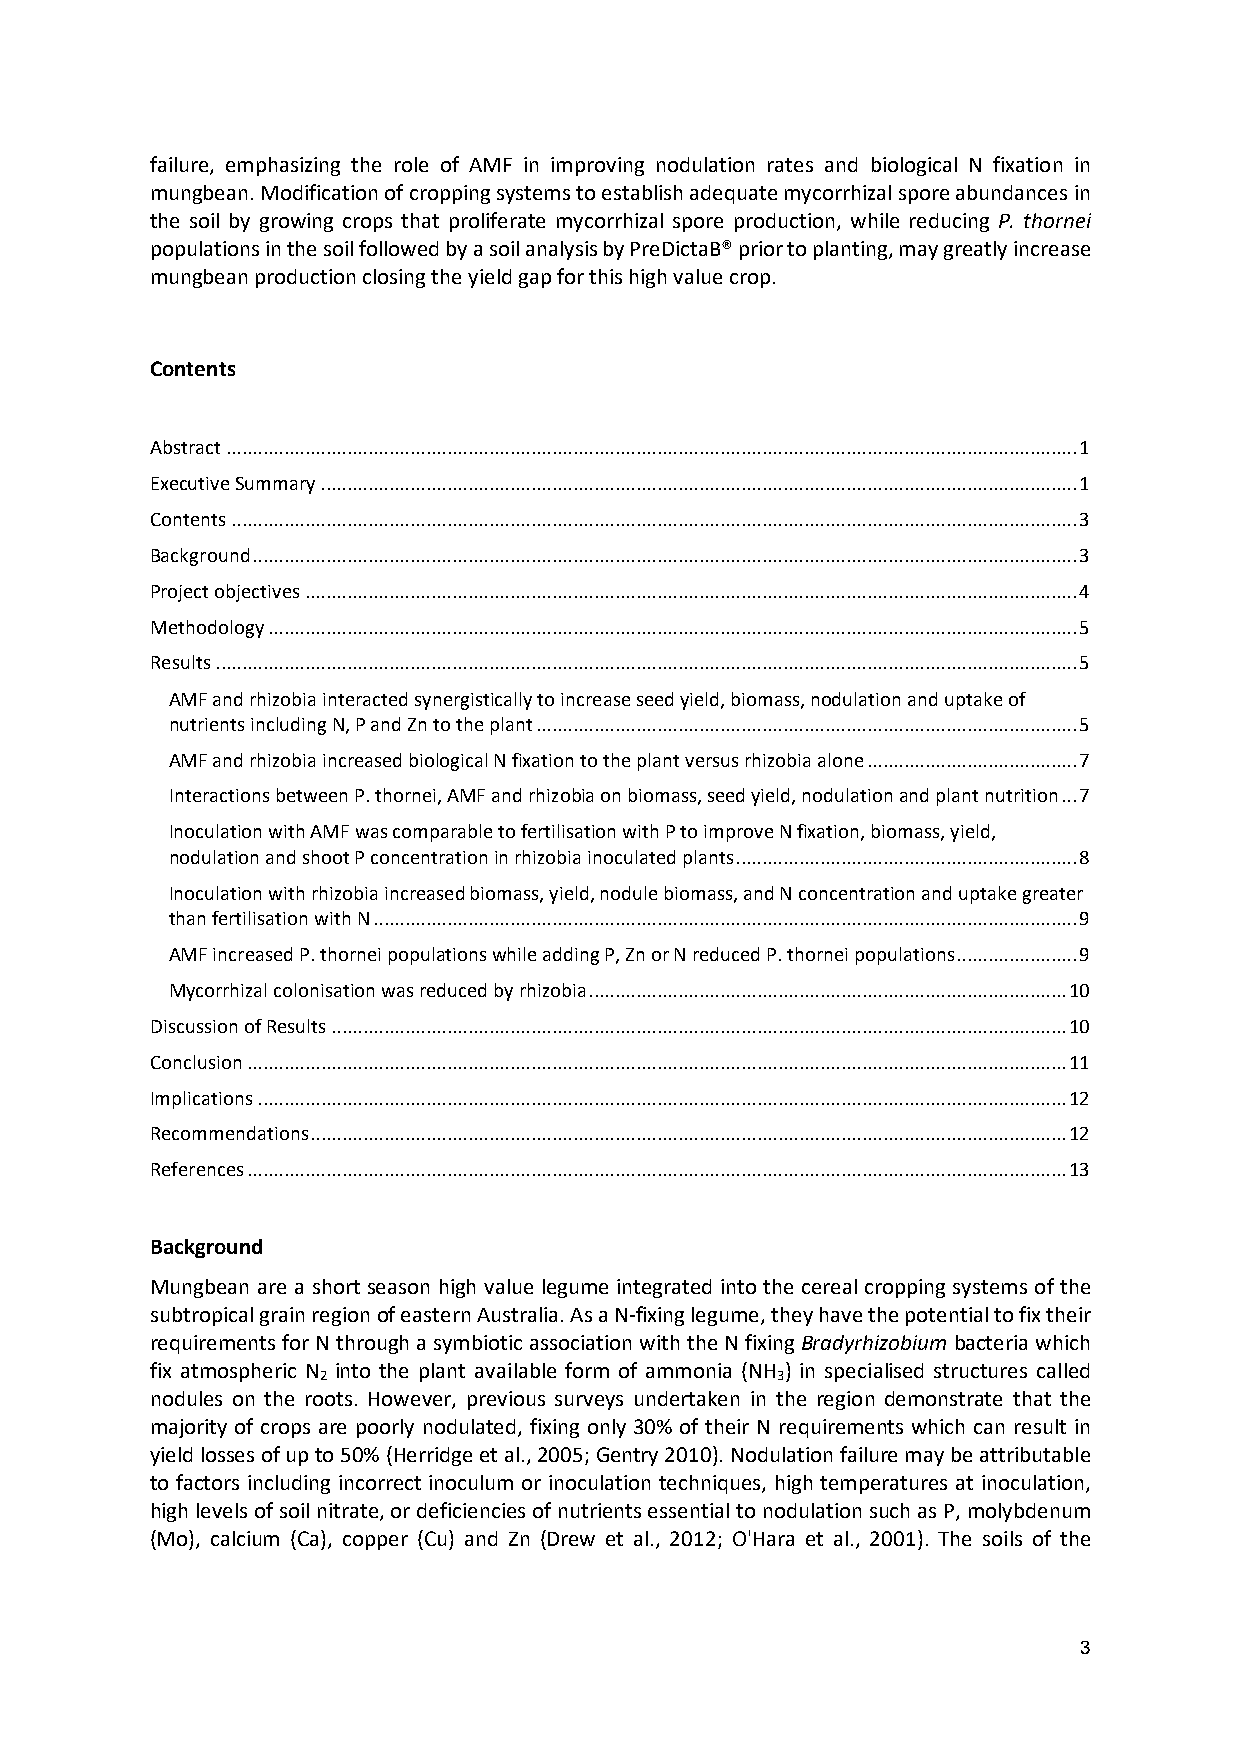
failure, emphasizing the role of AMF in improving nodulation rates and biological N fixation in
 mungbean. Modification of cropping systems to establish adequate mycorrhizal spore abundances in
 the soil by growing crops that proliferate mycorrhizal spore production, while reducing P. thornei
 populations in the soil followed by a soil analysis by PreDictaB® prior to planting, may greatly increase
 mungbean production closing the yield gap for this high value crop.
 Contents
 Abstract .................................................................................................................................................................. 1
 Executive Summary ................................................................................................................................................ 1
 Contents ................................................................................................................................................................. 3
 Background ............................................................................................................................................................. 3
 Project objectives ................................................................................................................................................... 4
 Methodology .......................................................................................................................................................... 5
 Results .................................................................................................................................................................... 5
 AMF and rhizobia interacted synergistically to increase seed yield, biomass, nodulation and uptake of
 nutrients including N, P and Zn to the plant ....................................................................................................... 5
 AMF and rhizobia increased biological N fixation to the plant versus rhizobia alone ........................................ 7
 Interactions between P. thornei, AMF and rhizobia on biomass, seed yield, nodulation and plant nutrition ... 7
 Inoculation with AMF was comparable to fertilisation with P to improve N fixation, biomass, yield,
 nodulation and shoot P concentration in rhizobia inoculated plants ................................................................. 8
 Inoculation with rhizobia increased biomass, yield, nodule biomass, and N concentration and uptake greater
 than fertilisation with N ...................................................................................................................................... 9
 AMF increased P. thornei populations while adding P, Zn or N reduced P. thornei populations ....................... 9
 Mycorrhizal colonisation was reduced by rhizobia ........................................................................................... 10
 Discussion of Results ............................................................................................................................................ 10
 Conclusion ............................................................................................................................................................ 11
 Implications .......................................................................................................................................................... 12
 Recommendations ................................................................................................................................................ 12
 References ............................................................................................................................................................ 13
 Background
 Mungbean are a short season high value legume integrated into the cereal cropping systems of the
 subtropical grain region of eastern Australia. As a N-fixing legume, they have the potential to fix their
 requirements for N through a symbiotic association with the N fixing Bradyrhizobium bacteria which
 fix atmospheric N into the plant available form of ammonia (NH ) in specialised structures called
 2                             3
 nodules on the roots. However, previous surveys undertaken in the region demonstrate that the
 majority of crops are poorly nodulated, fixing only 30% of their N requirements which can result in
 yield losses of up to 50% (Herridge et al., 2005; Gentry 2010). Nodulation failure may be attributable
 to factors including incorrect inoculum or inoculation techniques, high temperatures at inoculation,
 high levels of soil nitrate, or deficiencies of nutrients essential to nodulation such as P, molybdenum
 (Mo), calcium (Ca), copper (Cu) and Zn (Drew et al., 2012; O'Hara et al., 2001). The soils of the
 3